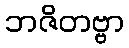
ဘဇိတဗ္ဗာ